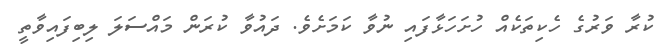
ކުރާ ވަރުގެ ހެކިތަކެއް ހުށަހަޅާފައި ނުވާ ކަމަށެވެ. ދައުވާ ކުރަން މައްސަލަ ލިބިފައިވާތީ